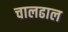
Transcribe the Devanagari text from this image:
चालढाल